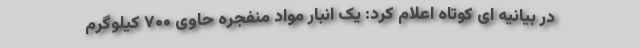
در بیانیه ای کوتاه اعلام کرد: یک انبار مواد منفجره حاوی ۷۰۰ کیلوگرم